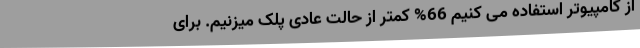
از کامپیوتر استفاده می کنیم 66% کمتر از حالت عادی پلک میزنیم. برای